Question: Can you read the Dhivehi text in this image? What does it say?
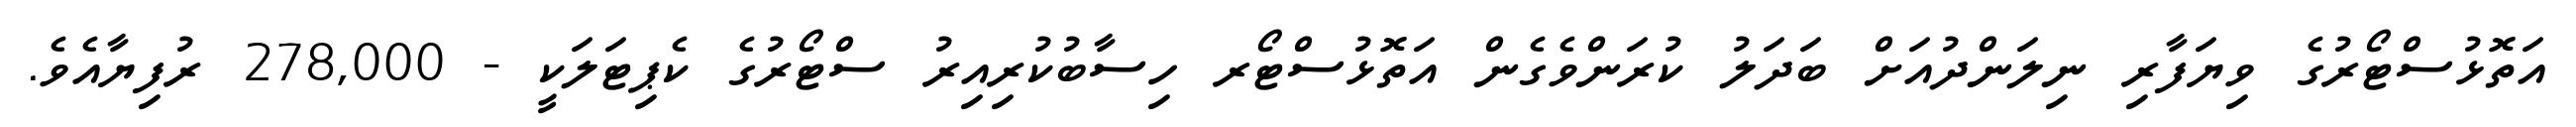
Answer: އަތޮޅުސްޓޯރުގެ ވިޔަފާރި ނިލަންދުއަށް ބަދަލު ކުރަންވެގެން އަތޮޅުސްޓޯރ ހިސާބުކުރިއިރު ސްޓޯރުގެ ކެޕިޓަލަކީ - 278,000 ރުފިޔާއެވެ.